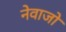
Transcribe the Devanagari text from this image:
नेवाजो